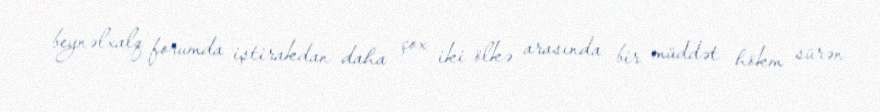
beynəlxalq forumda iştirakdan daha çox iki ölkə arasında bir müddət hökm sürən